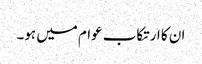
ان کا ارتکاب عوام میں ہو۔